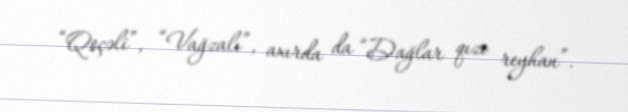
“Qoçəli”, “Vağzalı”, axırda da “Dağlar qızı reyhan”.